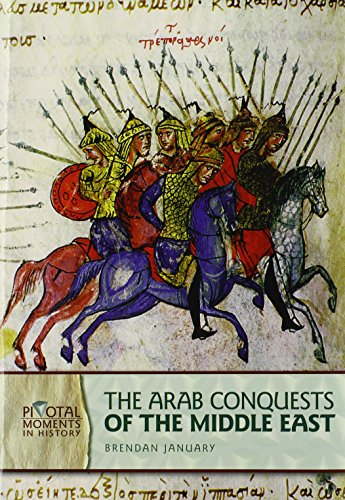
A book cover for The Arab Conquests of the Middle East (Pivotal Moments in History); Brendan January; Teen & Young Adult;